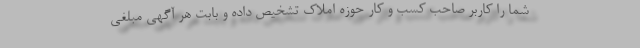
شما را کاربر صاحب کسب و کار حوزه املاک تشخیص داده و بابت هر آگهی مبلغی